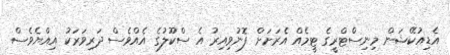
އެޑިއުކޭޝަން މިނިސްޓްރީގެ ޓީމެއް އެރަށަށް ފޮނުވިއިރު އެ ސްކޫލުގެ އެއްވެސް ދަރިވަރަކު އިއްޔެވެސް